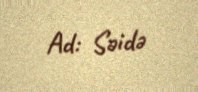
Ad: Səidə